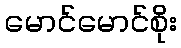
မောင်မောင်စိုး